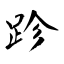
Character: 跈